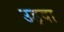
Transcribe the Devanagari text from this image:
उड़वा